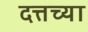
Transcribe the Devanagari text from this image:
दत्तच्या